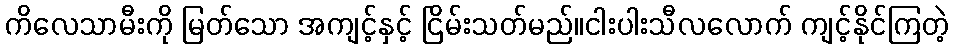
ကိလေသာမီးကို မြတ်သော အကျင့်နှင့် ငြိမ်းသတ်မည်။ငါးပါးသီလလောက် ကျင့်နိုင်ကြတဲ့